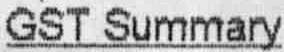
GST SUMMARY